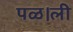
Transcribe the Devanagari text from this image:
पळ।ली